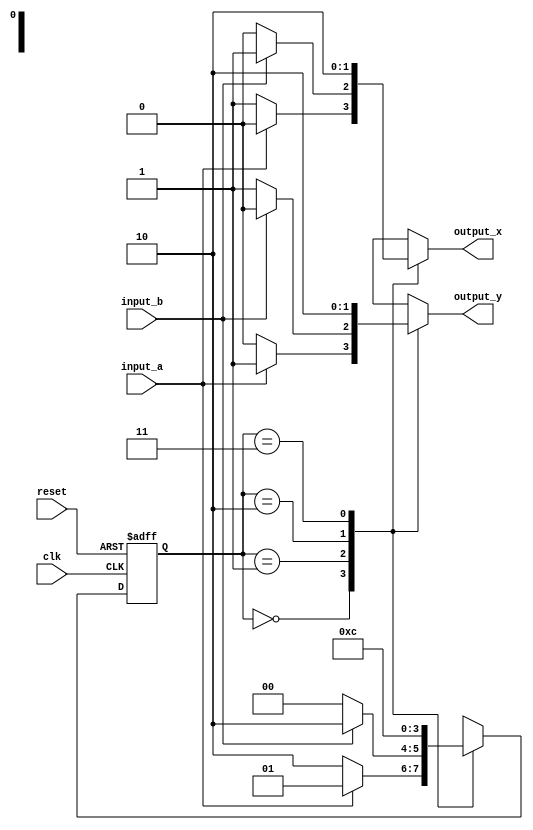
module finite_state_machine (
    input clk,
    input reset,
    input input_a,
    input input_b,
    output reg output_x,
    output reg output_y
);

// Define states
parameter state_A = 2'b00;
parameter state_B = 2'b01;
parameter state_C = 2'b10;
parameter state_D = 2'b11;

// Define state register
reg [1:0] current_state;
reg [1:0] next_state;

// State transition and output logic
always @ (posedge clk or posedge reset) begin
    if (reset) begin
        current_state <= state_A;
    end else begin
        current_state <= next_state;
    end
end

always @ (*) begin
    case (current_state)
        state_A: begin
            if (input_a) begin
                next_state = state_B;
                output_x = 0;
                output_y = 1;
            end else begin
                next_state = state_C;
                output_x = 1;
                output_y = 0;
            end
        end
        state_B: begin
            if (input_b) begin
                next_state = state_C;
                output_x = 1;
                output_y = 0;
            end else begin
                next_state = state_A;
                output_x = 0;
                output_y = 1;
            end
        end
        state_C: begin
            next_state = state_D;
            output_x = 1;
            output_y = 1;
        end
        state_D: begin
            next_state = state_A;
            output_x = 0;
            output_y = 0;
        end
    endcase
end

endmodule